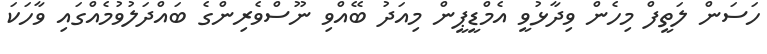
ހަސަން ލަތީފް މިހެން ވިދާޅުވީ އެމްޑީޕީން މިއަދު ބޭއްވި ނޫސްވެރިންގެ ބައްދަލުވުމެއްގައި ވާހަކަ